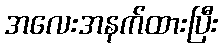
အလေးအနက်ထားပြီး